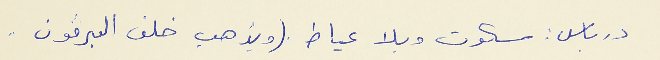
درباس : سكوت وبلا عياط . (ويذهب خلف البرﭬون .